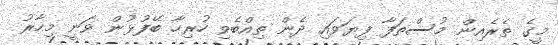
މީގެ ތެރެއިން މުސްތަފާ ފިޔަވައި ދެން ތިއްބެވި ހުރިހާ ބޭފުޅުން ވަނީ މިހާރު